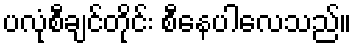
ပလုံစီချင်တိုင်း စီနေပါလေသည်။